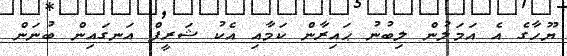
ޔޫހާގެ އެ އަމަލުން ލިބުނު ޙައިރާން ކަމާއި އެކު ޝަރީފް އަނގައިން ބުނަން